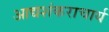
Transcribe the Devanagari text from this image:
आद्यशंकराचार्य